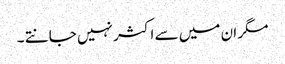
مگر ان میں سے اکثر نہیں جانتے ۔